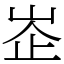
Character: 峜